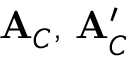
{ \bf A } _ { C } , \, { \bf A } _ { C } ^ { \prime }